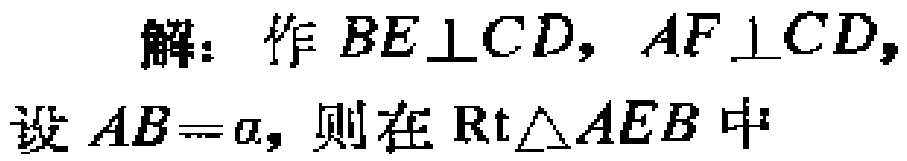
解：作 \(BE\perp CD, AF\perp CD,\)
设 \(AB = a,\) 则在 \(\text{Rt}\triangle AEB\) 中